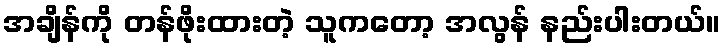
အချိန်ကို တန်ဖိုးထားတဲ့ သူကတော့ အလွန် နည်းပါးတယ်။